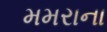
મમરાના